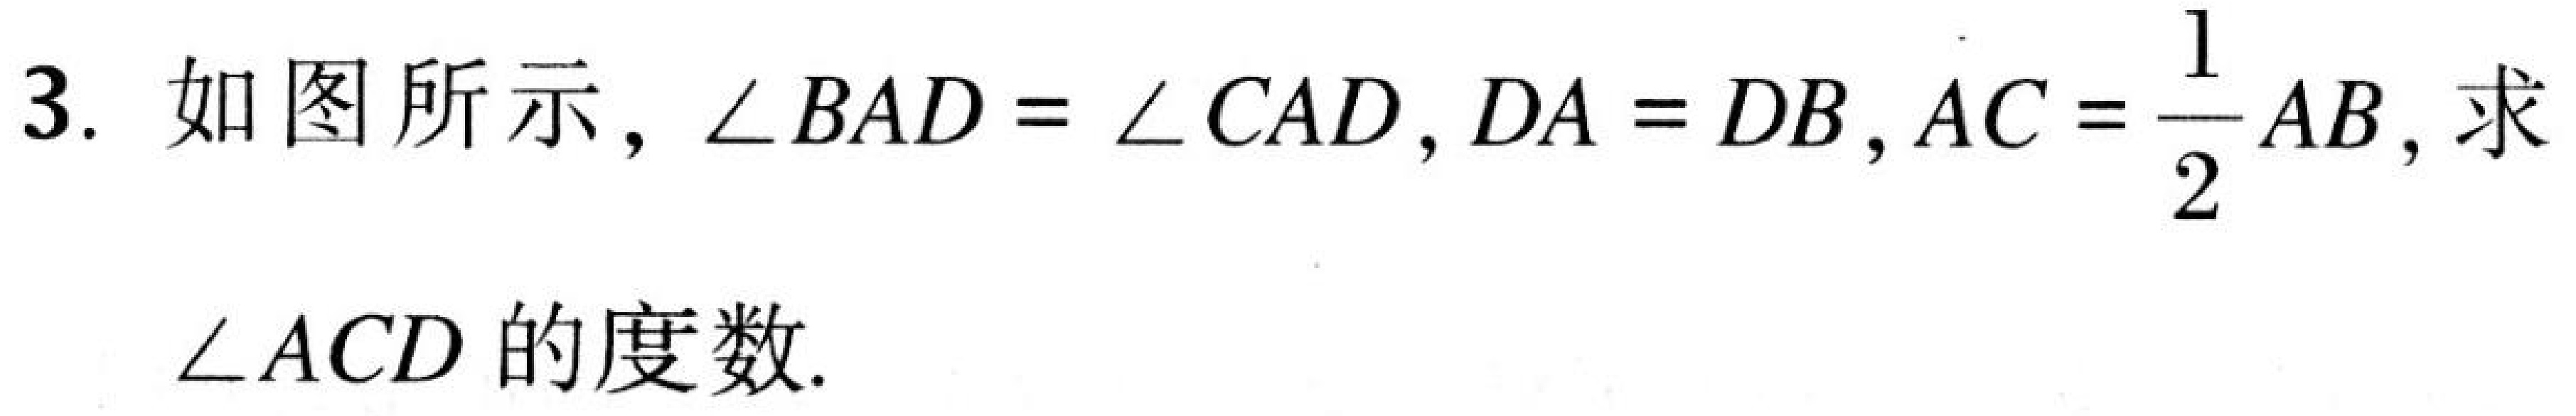
3. 如图所示，$\angle BAD = \angle CAD$，$DA = DB$，$AC = \dfrac{1}{2}AB$，求$\angle ACD$的度数.